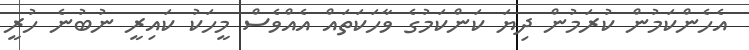
އެހެންކަމުން ކުރަމުން ދިޔަ ކަންކަމުގެ ވާހަކަތައް އެއްވެސް މީހަކު ކައިރީ ނުބުނެ ހުރީ